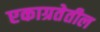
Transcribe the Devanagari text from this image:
एकाग्रतेतील